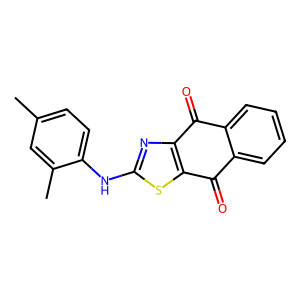
SMILES: Cc1ccc(Nc2nc3c(s2)C(=O)c2ccccc2C3=O)c(C)c1
Inhibits HIV replication: No